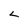
Character: L